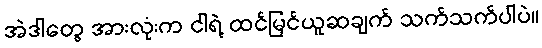
အဲဒါတွေ အားလုံးက ငါရဲ့ ထင်မြင်ယူဆချက် သက်သက်ပါပဲ။